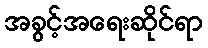
အခွင့်အရေးဆိုင်ရာ